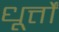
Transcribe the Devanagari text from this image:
धूर्त्तों